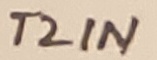
Text: T2IN